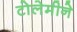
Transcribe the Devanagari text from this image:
टोलेमीने